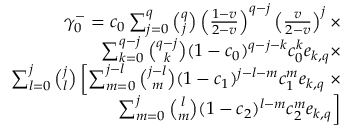
\begin{array} { r } { \gamma _ { 0 } ^ { - } = c _ { 0 } \sum _ { j = 0 } ^ { q } { \binom { q } { j } } \left( \frac { 1 - v } { 2 - v } \right) ^ { q - j } \left( \frac { v } { 2 - v } \right) ^ { j } \times } \\ { \sum _ { k = 0 } ^ { q - j } { \binom { q - j } { k } } ( 1 - c _ { 0 } ) ^ { q - j - k } c _ { 0 } ^ { k } e _ { k , q } \times } \\ { \sum _ { l = 0 } ^ { j } { \binom { j } { l } } \left[ \sum _ { m = 0 } ^ { j - l } { \binom { j - l } { m } } ( 1 - c _ { 1 } ) ^ { j - l - m } c _ { 1 } ^ { m } e _ { k , q } \right. \times } \\ { \left. \sum _ { m = 0 } ^ { j } { \binom { l } { m } } ( 1 - c _ { 2 } ) ^ { l - m } c _ { 2 } ^ { m } e _ { k , q } \right] } \end{array}